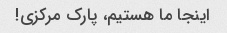
اینجا ما هستیم، پارک مرکزی!